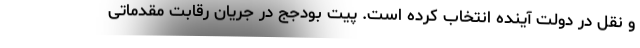
و نقل در دولت آینده انتخاب کرده است. پیت بودجج در جریان رقابت مقدماتی